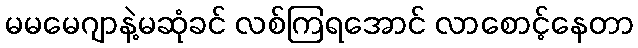
မမမေဂျာနဲ့မဆုံခင် လစ်ကြရအောင် လာစောင့်နေတာ